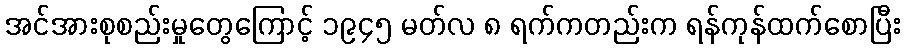
အင်အားစုစည်းမှုတွေကြောင့် ၁၉၄၅ မတ်လ ၈ ရက်ကတည်းက ရန်ကုန်ထက်စောပြီး